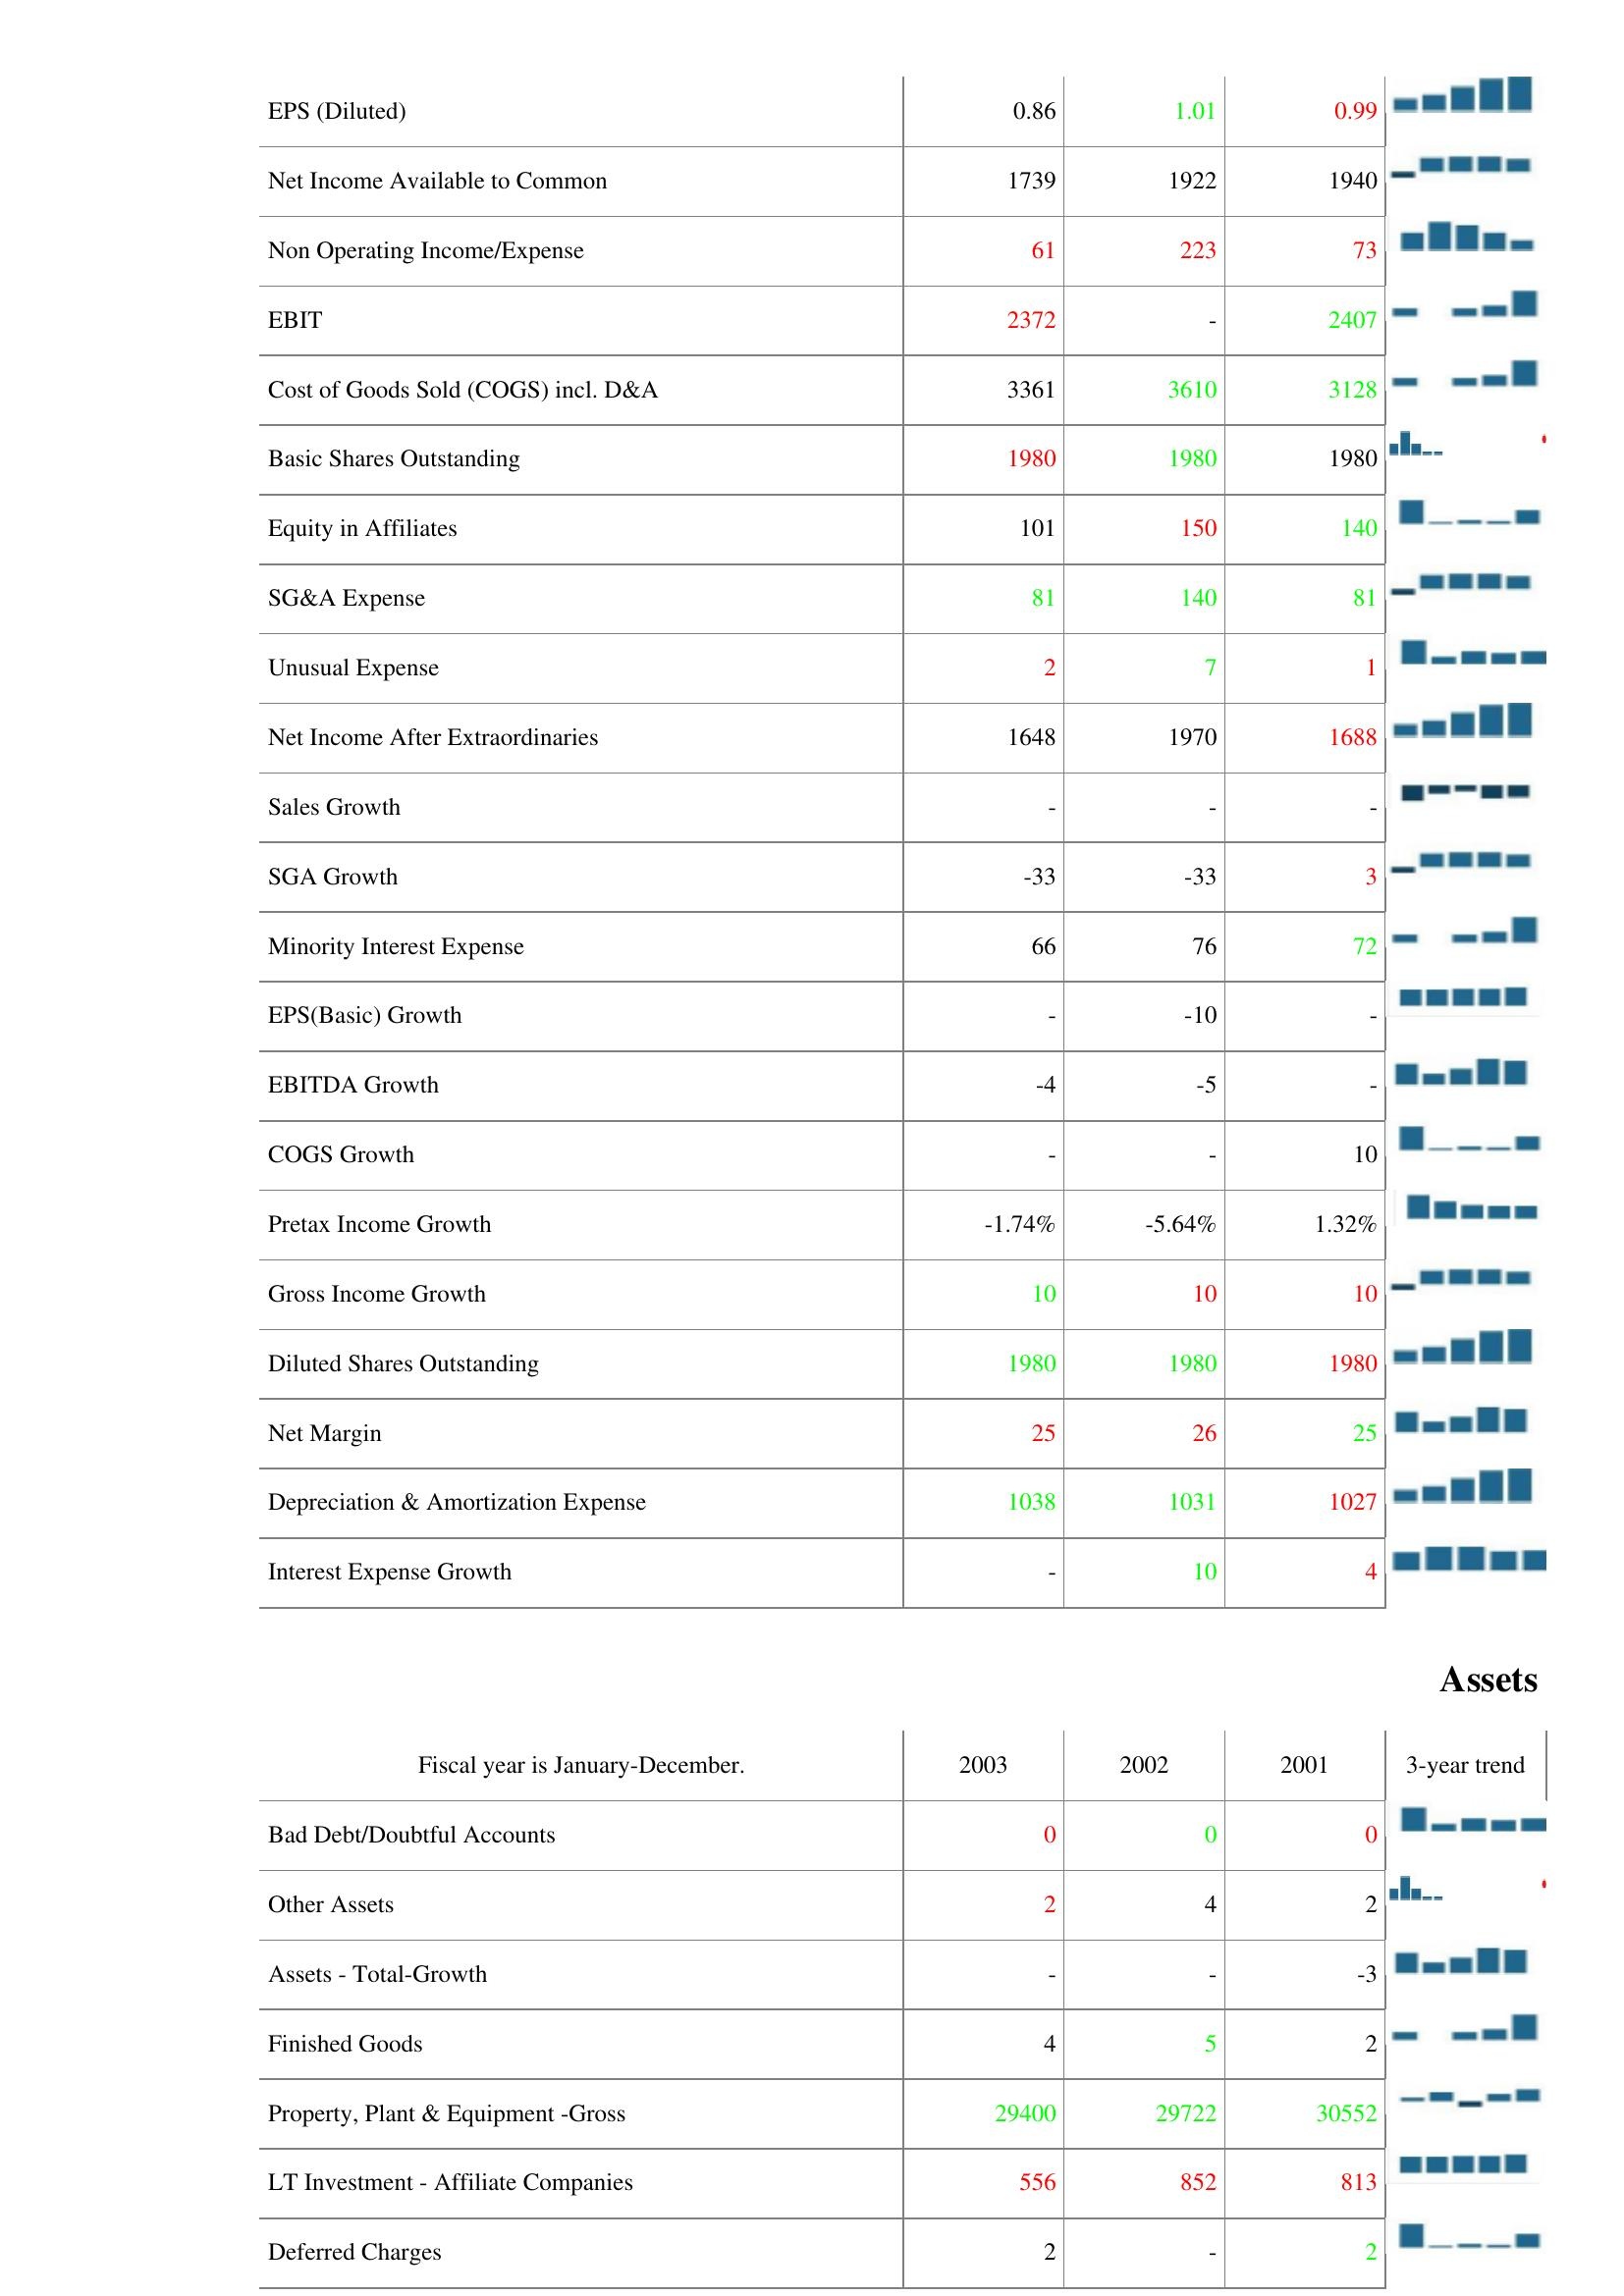
2003: : EPS (Diluted): 0.86
Net Income Available to Common: 1739
Non Operating Income/Expense: 61
EBIT: 2372
Cost of Goods Sold (COGS) incl. D&A: 3361
Basic Shares Outstanding: 1980
Equity in Affiliates: 101
SG&A Expense: 81
Unusual Expense: 2
Net Income After Extraordinaries: 1648
Sales Growth: -
SGA Growth: -33
Minority Interest Expense: 66
EPS(Basic) Growth: -
EBITDA Growth: -4
COGS Growth: -
Pretax Income Growth: -1.74%
Gross Income Growth: 10
Diluted Shares Outstanding: 1980
Net Margin: 25
Depreciation & Amortization Expense: 1038
Interest Expense Growth: -
Assets: Bad Debt/Doubtful Accounts: 0
Other Assets: 2
Assets - Total-Growth: -
Finished Goods: 4
Property, Plant & Equipment -Gross: 29400
LT Investment - Affiliate Companies: 556
Deferred Charges: 2
2002: : EPS (Diluted): 1.01
Net Income Available to Common: 1922
Non Operating Income/Expense: 223
EBIT: -
Cost of Goods Sold (COGS) incl. D&A: 3610
Basic Shares Outstanding: 1980
Equity in Affiliates: 150
SG&A Expense: 140
Unusual Expense: 7
Net Income After Extraordinaries: 1970
Sales Growth: -
SGA Growth: -33
Minority Interest Expense: 76
EPS(Basic) Growth: -10
EBITDA Growth: -5
COGS Growth: -
Pretax Income Growth: -5.64%
Gross Income Growth: 10
Diluted Shares Outstanding: 1980
Net Margin: 26
Depreciation & Amortization Expense: 1031
Interest Expense Growth: 10
Assets: Bad Debt/Doubtful Accounts: 0
Other Assets: 4
Assets - Total-Growth: -
Finished Goods: 5
Property, Plant & Equipment -Gross: 29722
LT Investment - Affiliate Companies: 852
Deferred Charges: -
2001: : EPS (Diluted): 0.99
Net Income Available to Common: 1940
Non Operating Income/Expense: 73
EBIT: 2407
Cost of Goods Sold (COGS) incl. D&A: 3128
Basic Shares Outstanding: 1980
Equity in Affiliates: 140
SG&A Expense: 81
Unusual Expense: 1
Net Income After Extraordinaries: 1688
Sales Growth: -
SGA Growth: 3
Minority Interest Expense: 72
EPS(Basic) Growth: -
EBITDA Growth: -
COGS Growth: 10
Pretax Income Growth: 1.32%
Gross Income Growth: 10
Diluted Shares Outstanding: 1980
Net Margin: 25
Depreciation & Amortization Expense: 1027
Interest Expense Growth: 4
Assets: Bad Debt/Doubtful Accounts: 0
Other Assets: 2
Assets - Total-Growth: -3
Finished Goods: 2
Property, Plant & Equipment -Gross: 30552
LT Investment - Affiliate Companies: 813
Deferred Charges: 2